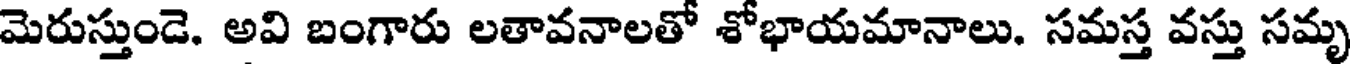
మెరుస్తుండె. అవి బంగారు లతావనాలతో శోభాయమానాలు. సమస్త వస్తు సమృ